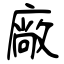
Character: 廠